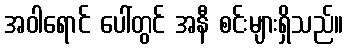
အဝါရောင် ပေါ်တွင် အနီ စင်းများရှိသည်။